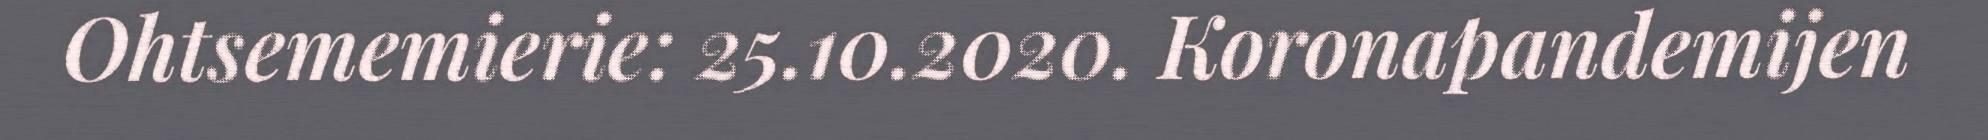
Ohtsememierie: 25.10.2020. Koronapandemijen